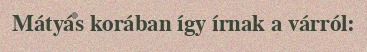
Mátyás korában így írnak a várról: